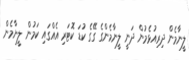
ލީނާމެން ދިރިއުޅެމުން ދަނީ ލީނާމެންގެ ގޭގެ ކުޑަ ކޮޓަރި އެއްގައި ކަމުން ލީނާމެން